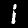
Label: 1